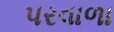
પરવાળા